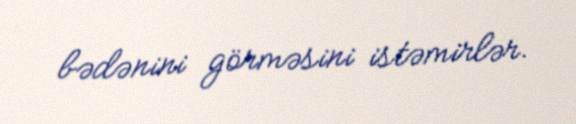
bədənini görməsini istəmirlər.